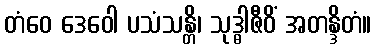
တံဝေ ဒေဝေါ ပသံသန္တိ၊ သုဒ္ဓါဇီဝိံ အတန္ဒိတံ။